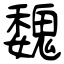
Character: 魏